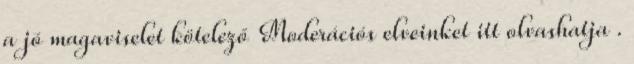
a jó magaviselet kötelező Moderációs elveinket itt olvashatja .